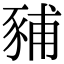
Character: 豧